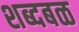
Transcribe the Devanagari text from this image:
शब्दबळ